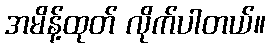
အမိန့်ထုတ် လိုက်ပါတယ်။